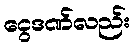
ငွေဒဏ်လည်း